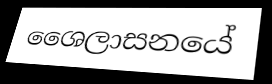
ශෛලාසනයේ